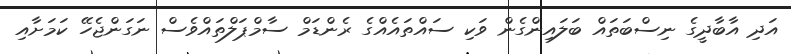
އަދި އާބާދީގެ ނިސްބަތައް ބަލައިންގެން ވަކި ސައްތައެއްގެ ރެންޑަމް ސާމްޕަލްތައްވެސް ނަގަންޖެހޭ ކަމަށާއި